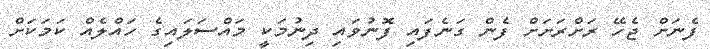
ފެނަށް ޖެހޭ ރަށްރަށަށް ފެން ގަނެފައި ފޮނުވައި ދިނުމަކީ މައްސަލައިގެ ހައްލެއް ކަމަކަށް